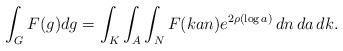
LaTeX: \begin{align*} \int_G F(g) dg = \int_K \int_A \int_N F(kan) e^{2\rho(\log a)} \,dn\,da\,dk.\end{align*}